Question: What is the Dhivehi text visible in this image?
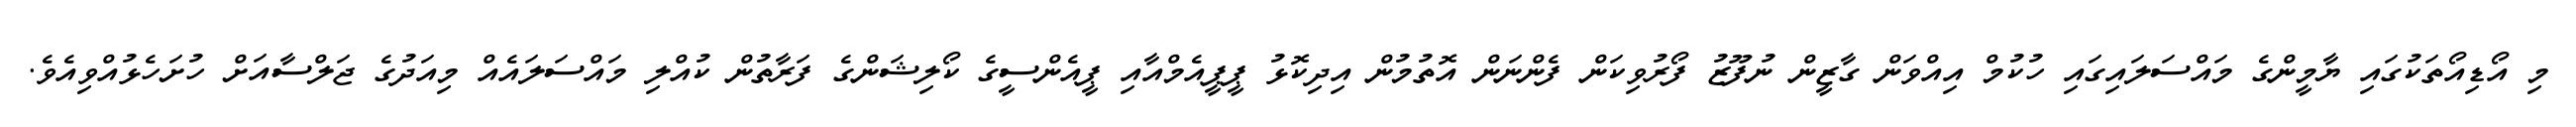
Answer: މި އޯޑިއޯތަކުގައި ޔާމީންގެ މައްސަލައިގައި ހުކުމް އިއްވަން ގާޒީން ނުފޫޒު ފޯރުވިކަން ފެންނަން އޮތުމުން އިދިކޮޅު ޕީޕީއެމްއާއި ޕީއެންސީގެ ކޯލިޝަންގެ ފަރާތުން ކުއްލި މައްސަލައެއް މިއަދުގެ ޖަލްސާއަށް ހުށަހެޅުއްވިއެވެ.